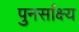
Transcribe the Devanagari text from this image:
पुनर्साक्ष्य